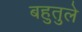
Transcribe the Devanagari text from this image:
बहुतुले